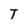
Character: T